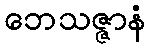
ဘေသဇ္ဇာနံ